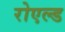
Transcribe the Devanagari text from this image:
रोएल्ड